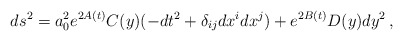
\begin{align*}ds^2 = a_0^2e^{2A(t)} C(y)(-dt^2 + \delta_{ij}dx^idx^j) + e^{2B(t)} D(y) dy^2 \, , \end{align*}